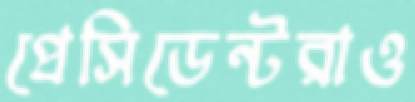
প্রেসিডেন্টরাও